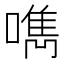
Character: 𠿘